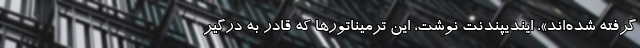
گرفته شده‌اند». ایندیپندنت نوشت، این ترمیناتورها که قادر به درگیر